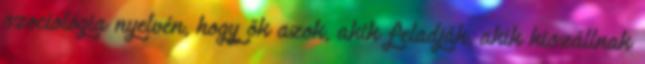
szociológia nyelvén, hogy ők azok, akik feladják, akik kiszállnak